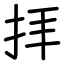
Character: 拝